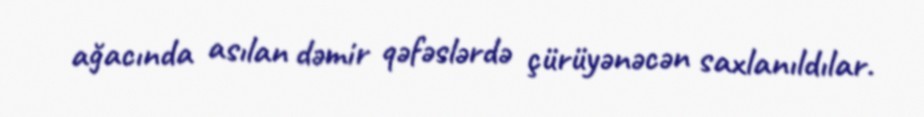
ağacında asılan dəmir qəfəslərdə çürüyənəcən saxlanıldılar.